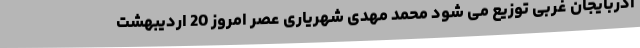
آذربایجان غربی توزیع می شود محمد مهدی شهریاری عصر امروز 20 اردیبهشت